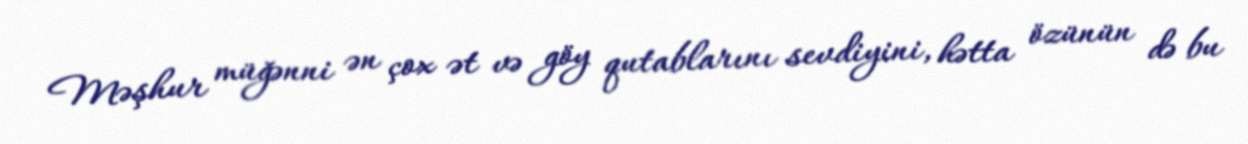
Məşhur müğənni ən çox ət və göy qutablarını sevdiyini, hətta özünün də bu